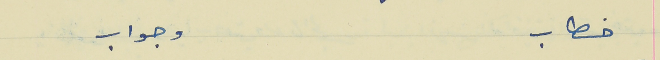
خطاب                                                                          وجواب